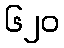
၆၂၀